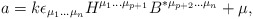
\begin{align*}a=k\epsilon_{\mu_1\ldots \mu_n}H^{\mu_1 \ldots\mu_{p+1}}B^{*\mu_{p+2} \ldots \mu_n} +\mu,\end{align*}